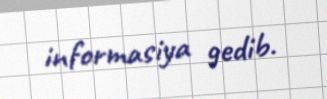
informasiya gedib.